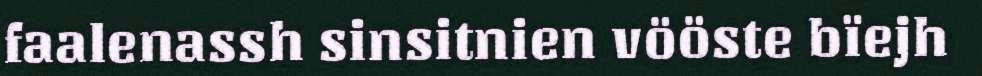
faalenassh sinsitnien vööste bïejh